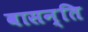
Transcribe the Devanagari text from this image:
वासन्ति